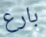
بارع